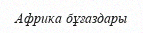
Африка бұғаздары